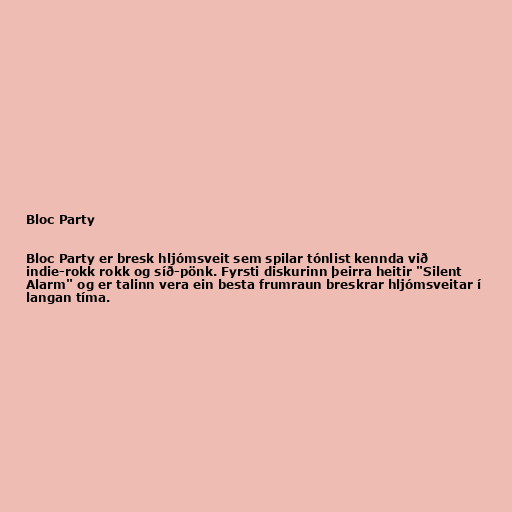
Bloc Party

Bloc Party er bresk hljómsveit sem spilar tónlist kennda við
indie-rokk rokk og síð-pönk. Fyrsti diskurinn þeirra heitir "Silent
Alarm" og er talinn vera ein besta frumraun breskrar hljómsveitar í
langan tíma.